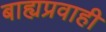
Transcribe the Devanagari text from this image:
बाह्यप्रवाही